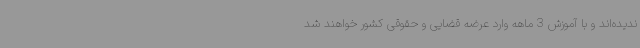
ندیده‌اند و با آموزش 3 ماهه وارد عرضه قضایی و حقوقی کشور خواهند شد